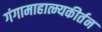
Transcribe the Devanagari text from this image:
गंगामाहात्म्यकीर्तन